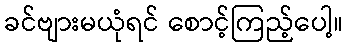
ခင်ဗျားမယုံရင် စောင့်ကြည့်ပေါ့။